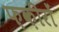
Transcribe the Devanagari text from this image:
फ़क़ीरों